Scottish Leaving Certificate Examination, 1953
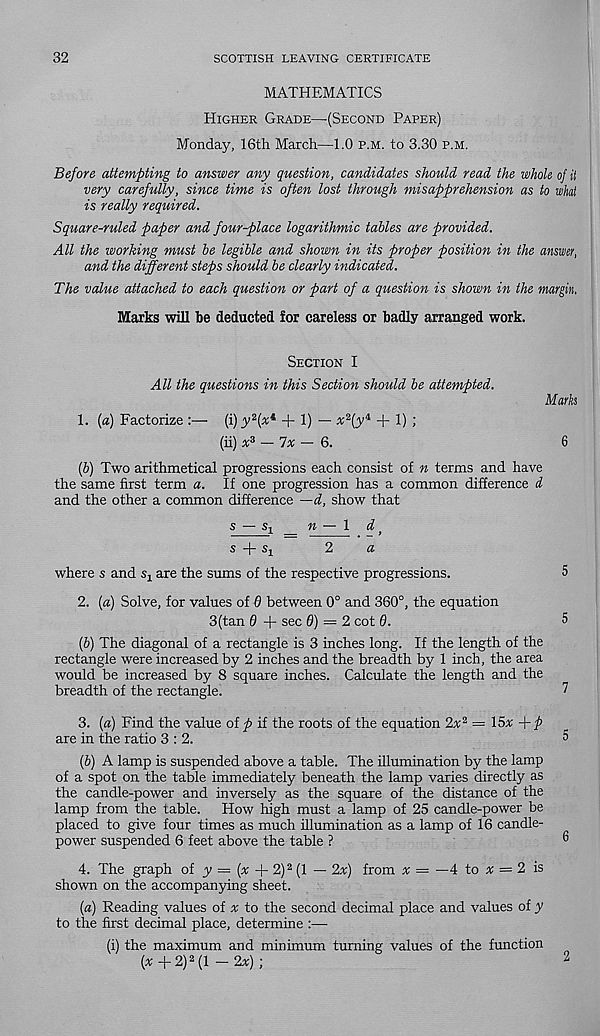
32
SCOTTISH LEAVING CERTIFICATE
MATHEMATICS
Higher Grade—(Second Paper)
Monday, 16th March—1.0 p.m. to 3.30 p.m.
Before attempting to answer any question, candidates should read the whole of it
very carefully, since time is often lost through misapprehension as to what
is really required.
Square-ruled paper and four-place logarithmic tables are provided.
All the working must be legible and shown in its proper position in the answer,
and the different steps should be clearly indicated.
The value attached to each question or part of a question is shown in the margin.
Marks will be deducted for careless or badly arranged work.
Section I
All the questions in this Section should be attempted.
Marks
1. (a) Factorize :— (i) y 2 (x* + 1) — x 2 (y i + 1) ;
(ii) x 3 — lx — Q.
6
(6) Two arithmetical progressions each consist of n terms and have
the same first term a. If one progression has a common difference d
and the other a common difference —d, show that
s — Sj
n — 1 d >
s + Si
2
a
where s and Sj. are the sums of the respective progressions.
5
2. [a) Solve, for values of d between 0° and 360°, the equation
3(tan 0 + sec 0) = 2 cot 0.
5
(6) The diagonal of a rectangle is 3 inches long. If the length of the
rectangle were increased by 2 inches and the breadth by 1 inch, the area
would be increased by 8 square inches. Calculate the length and the
breadth of the rectangle.
7
3. (a) Find the value of p if the roots of the equation 2x 2 = 15* -\-p
are in the ratio 3:2.
5
(6) A lamp is suspended above a table. The illumination by the lamp
of a spot on the table immediately beneath the lamp varies directly as
the candle-power and inversely as the square of the distance of the
lamp from the table. How high must a lamp of 25 candle-power be
placed to give four times as much illumination as a lamp of 16 candle-
power suspended 6 feet above the table ?
®
4. The graph of y = (* + 2) 2 (1 — 2*) from * = —4 to * = 2 is
shown on the accompanying sheet.
(«) Reading values of * to the second decimal place and values of y
to the first decimal place, determine :—•
(i) the maximum and minimum turning values of the function
(* + 2) 2 (1 — 2*) ;
2